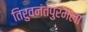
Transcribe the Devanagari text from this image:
तिरुवनंतपुरमला